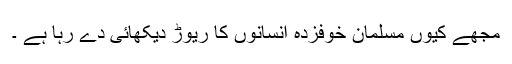
مجھے کیوں مسلمان خوفزدہ انسانوں کا ریوڑ دیکھائی دے رہا ہے ۔